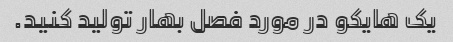
یک هایکو در مورد فصل بهار تولید کنید.